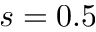
s = 0 . 5